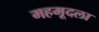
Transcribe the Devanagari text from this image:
महमूदला